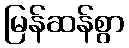
မြန်ဆန်စွာ